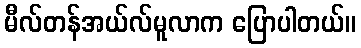
မီလ်တန်အယ်လ်မူလာက ပြောပါတယ်။